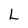
Character: L